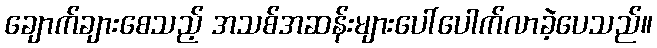
ချောက်ချားစေသည့် အသစ်အဆန်းများပေါ်ပေါက်လာခဲ့ပေသည်။